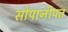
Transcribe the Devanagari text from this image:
सोपानीपत